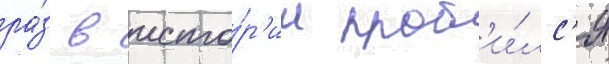
ра́з в исто́р'ии проб'и́лс'я